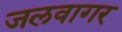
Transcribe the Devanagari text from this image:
जलवागर